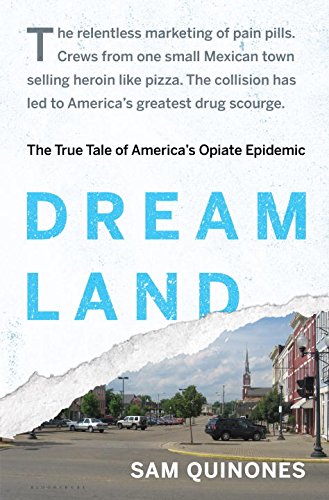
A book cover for Dreamland: The True Tale of America's Opiate Epidemic; Sam Quinones; Biographies & Memoirs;